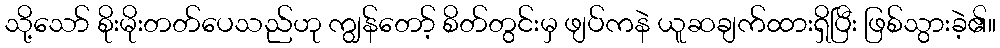
သို့သော် စိုးမိုးတတ်ပေသည်ဟု ကျွန်တော့် စိတ်တွင်းမှ ဖျပ်ကနဲ ယူဆချက်ထားရှိပြီး ဖြစ်သွားခဲ့၏။